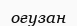
оғузан